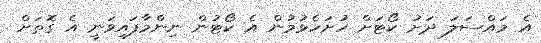
އެ މައްސަލަ ދަށު ކޯޓަށް ހުށަހެޅުމުން އެ ކޯޓުން ނިންމާފައިވަނީ އެ ގޮތަށް